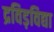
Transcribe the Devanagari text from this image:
द्रविड़विद्या